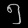
Digit: ၅